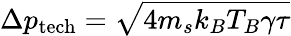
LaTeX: \Delta p_{\mathrm{tech}}=\sqrt{4m_{s}k_{B}T_{B}\gamma\tau}